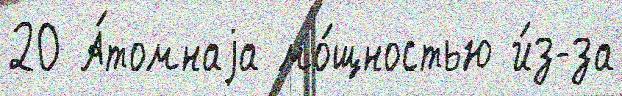
20 А́томнаjа мо́щностью и́з-за